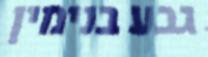
גבע בנימין